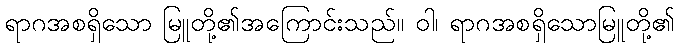
ရာဂအစရှိသော မြူတို့၏အကြောင်းသည်။ ဝါ၊ ရာဂအစရှိသောမြူတို့၏